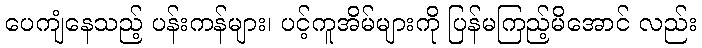
ပေကျံနေသည့် ပန်းကန်များ၊ ပင့်ကူအိမ်များကို ပြန်မကြည့်မိအောင် လည်း